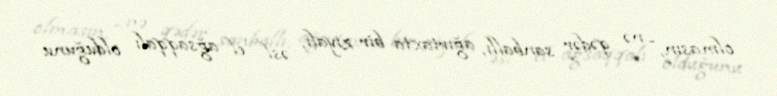
olmasın, - nə qədər sanballı, ağırtaxta bir ziyalı, əsl el ağsaqqalı olduğunu